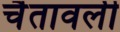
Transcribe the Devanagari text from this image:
चैतावली